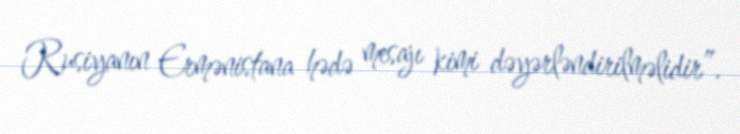
Rusiyanın Ermənistana hədə mesajı kimi dəyərləndirilməlidir”.